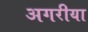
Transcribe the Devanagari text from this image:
अगरीया